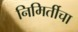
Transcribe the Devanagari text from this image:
निमिर्तीचा